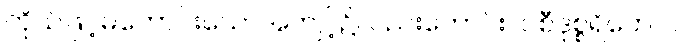
ကိုယ်ဖြင့်မကောင်းသောအကျင့်၌လည်းကောင်း။ ဝစီဒုစ္စရိတေဝါ၊